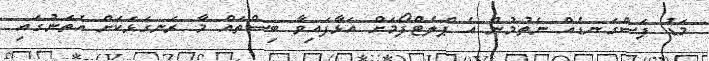
މަޑު ފަސްގަނޑެއް ނެތުމުން އެ ޕްލެޓްފޯމަށް އަޅާފައިވާ ބިސްތައް މާ ރަނގަޅަކަށް އެތަނުގައި